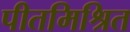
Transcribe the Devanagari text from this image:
पीतमिश्रित